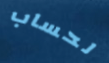
لحساب